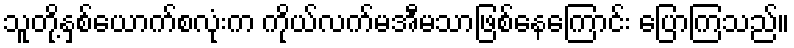
သူတို့နှစ်ယောက်စလုံးက ကိုယ်လက်မအီမသာဖြစ်နေကြောင်း ပြောကြသည်။